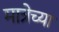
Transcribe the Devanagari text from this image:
मात्रेच्या